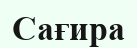
Сағира